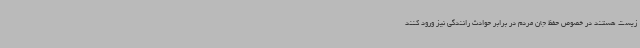
زیست هستند در خصوص حفظ جان مردم در برابر حوادث رانندگی نیز ورود کنند